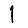
Digit: 1